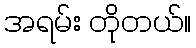
အရမ်း တိုတယ်။